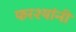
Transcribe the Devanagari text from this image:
फरश्यांनी